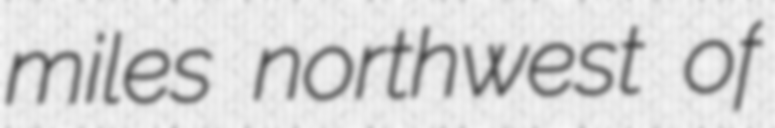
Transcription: miles northwest of